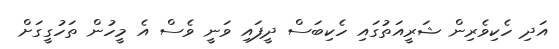
އަދި ހެކިވެރިން ޝަރީއަތުގައި ހެކިބަސް ދީފައި ވަނީ ވެސް އެ މީހުން ތަހުގީގަށް